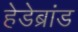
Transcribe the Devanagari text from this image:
हेडेब्रांड